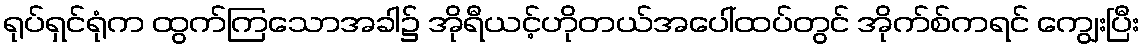
ရုပ်ရှင်ရုံက ထွက်ကြသောအခါ၌ အိုရီယင့်ဟိုတယ်အပေါ်ထပ်တွင် အိုက်စ်ကရင် ကျွေးပြီး